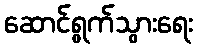
ဆောင်ရွက်သွားရေး